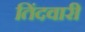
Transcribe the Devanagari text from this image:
तिंदवारी